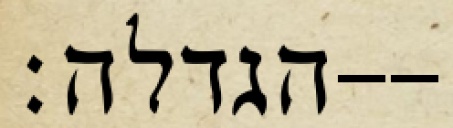
הגדלה׃--